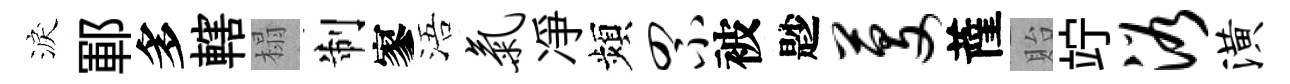
淚鄆多轄榻制寥浯气凈頻罘被尟芟薩貽竚浴潢